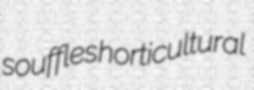
souffles horticultural